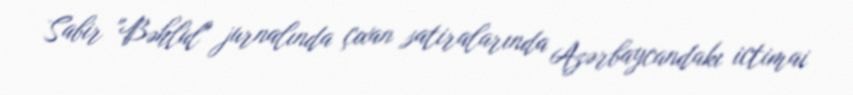
Sabir "Bəhlul" jurnalında çıxan satiralarında Azərbaycandakı ictimai